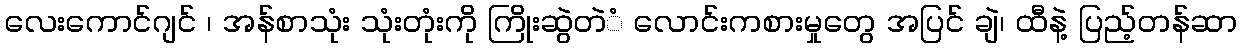
လေးကောင်ဂျင် ၊ အန်စာသုံး သုံးတုံးကို ကြိုးဆွဲတဲံ လောင်းကစားမှုတွေ အပြင် ချဲ၊ ထီနဲ့ ပြည့်တန်ဆာ